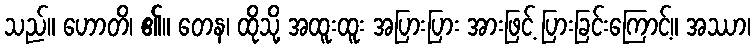
သည်။ ဟောတိ၊ ၏။ တေန၊ ထိုသို့ အထူးထူး အပြားပြား အားဖြင့် ပြားခြင်းကြောင့်။ အဿာ၊